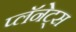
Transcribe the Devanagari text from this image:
प्लॅनेट्स